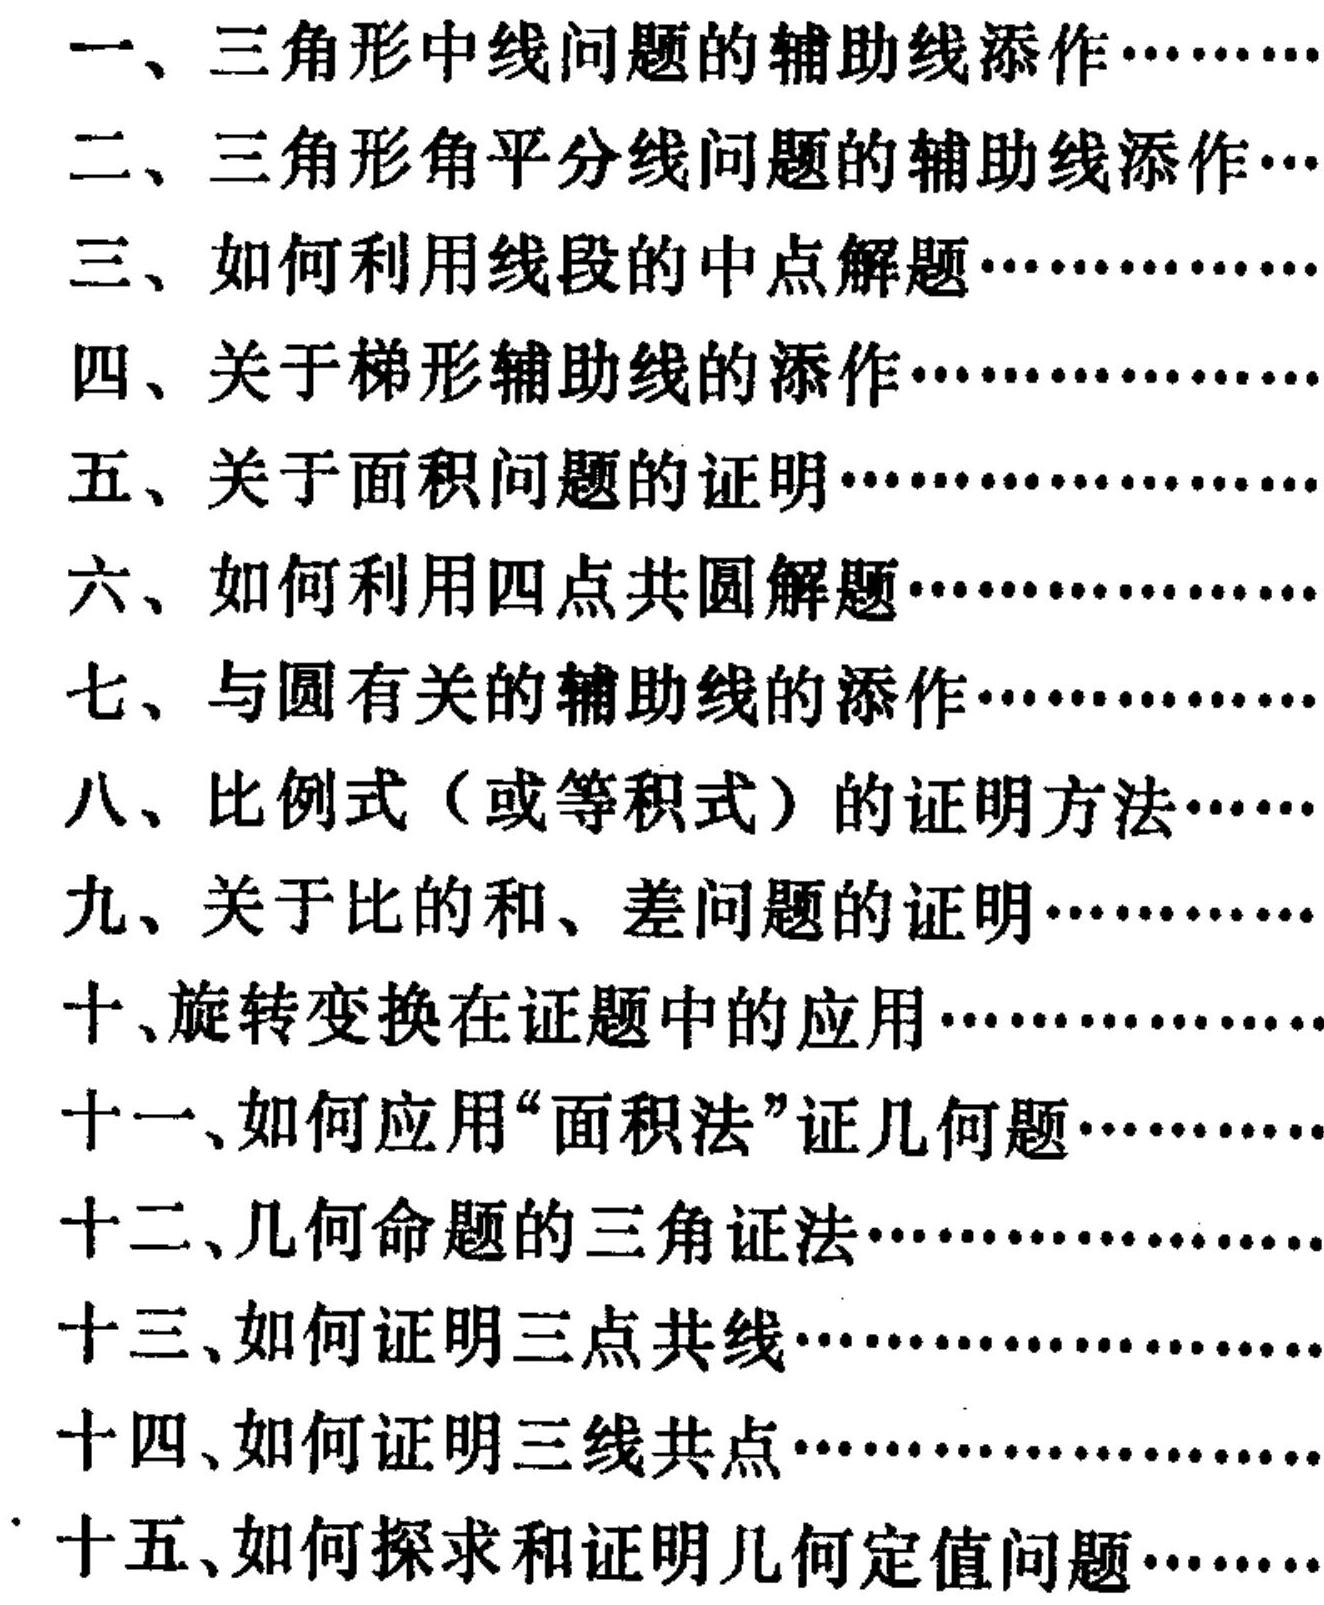
一、三角形中线问题的辅助线添作……
二、三角形角平分线问题的辅助线添作…
三、如何利用线段的中点解题……
四、关于梯形辅助线的添作……
五、关于面积问题的证明……
六、如何利用四点共圆解题……
七、与圆有关的辅助线的添作……
八、比例式（或等积式）的证明方法…
九、关于比的和、差问题的证明……
十、旋转变换在证题中的应用……
十一、如何应用“面积法”证几何题……
十二、几何命题的三角证法……
十三、如何证明三点共线……
十四、如何证明三线共点……
十五、如何探求和证明几何定值问题……